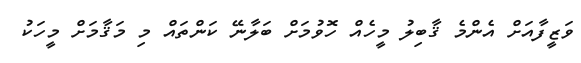
ވަޒީފާއަށް އެންމެ ޤާބިލު މީހެއް ހޮވުމަށް ބަލާނޭ ކަންތައް މި މަޤާމަށް މީހަކު